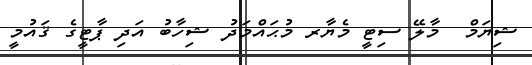
ޝިޔަމް  މާލޭ ސިޓީ މެޔާރ މުޙައްމަދު ޝިހާބު އަދި ޕާޓީގެ ޤައުމީ